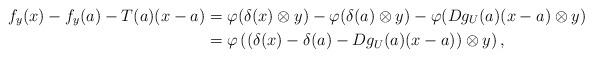
LaTeX: \begin{align*}f_y(x)-f_y(a)-T(a)(x-a)&=\varphi(\delta(x)\otimes y)-\varphi(\delta(a)\otimes y)-\varphi(Dg_U(a)(x-a)\otimes y) \\&=\varphi\left((\delta(x)-\delta(a)-Dg_U(a)(x-a))\otimes y\right),\end{align*}